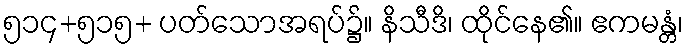
၅၁၄+၅၁၅+ ပတ်သောအရပ်၌။ နိသီဒိ၊ ထိုင်နေ၏။ ဧကမန္တံ၊